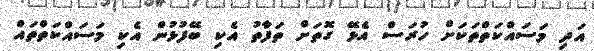
އަދި މަސައްކަތްތަކަށް ހުރަސް އެޅޭ ގޮތަށް ތަފާތު އެކި ބޭފުޅުން އެކި މަސައްކަތްތައް